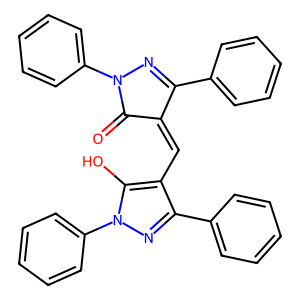
SMILES: O=C1C(=Cc2c(-c3ccccc3)nn(-c3ccccc3)c2O)C(c2ccccc2)=NN1c1ccccc1
Inhibits HIV replication: No